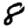
Digit: 8